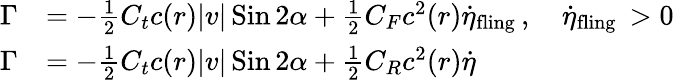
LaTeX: \begin{array}{rl}{\Gamma}&{=-\frac{1}{2}C_{t}c(r)|v|\operatorname{Sin}2\alpha+\frac{1}{2}C_{F}c^{2}(r)\dot{\eta}_{\mathrm{fling~}},\quad\dot{\eta}_{\mathrm{fling~}}>0}\\ {\Gamma}&{=-\frac{1}{2}C_{t}c(r)|v|\operatorname{Sin}2\alpha+\frac{1}{2}C_{R}c^{2}(r)\dot{\eta}}\end{array}